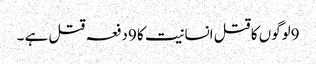
9لوگوں کا قتل انسانیت کا 9دفعہ قتل ہے ۔